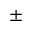
\pm